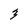
Character: 3